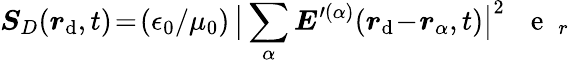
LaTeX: \boldsymbol{S}_{D}(\boldsymbol{r}_{\mathrm{d}},t)\! =\! (\epsilon_{0}/\mu_{0})\, \big|\sum_{\alpha}\boldsymbol{E}^{\prime(\alpha)}(\boldsymbol{r}_{\mathrm{d}}\! -\! \boldsymbol{r}_{\alpha},t)\big|^{2}\, \mathrm{{~\textbf{~}{~e~}~}}_{r}